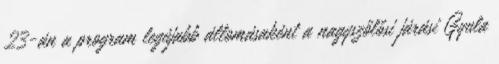
23-án a program legújabb állomásaként a nagyszőlősi járási Gyula